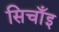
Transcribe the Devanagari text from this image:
सिचाँइ